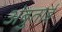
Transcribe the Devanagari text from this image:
अंबुताई